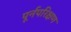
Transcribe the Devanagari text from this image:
पूर्नपरिक्षण